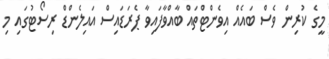
މީގެ ކުރިން ވެސް ބައެއް އިވެންޓްތައް ބާއްވާފައިވާ ޕެރަޑައިސް އައިލެންޑް ރިސޯޓުގައި މި